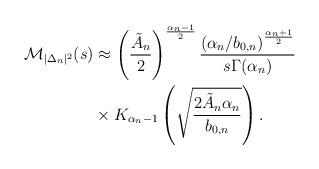
LaTeX: \begin{align*}\mathcal{M}_{|\Delta_n|^2}(s) & \approx \left(\frac{\tilde{A}_n}{2}\right)^{\frac{\alpha_n-1}{2}} \frac{\left(\alpha_n/b_{0,n}\right)^{\frac{\alpha_n+1}{2}}}{s\Gamma(\alpha_n)} \\& \times K_{\alpha_n-1}\left(\sqrt{\frac{2\tilde{A}_n\alpha_n}{b_{0,n}}}\right).\end{align*}